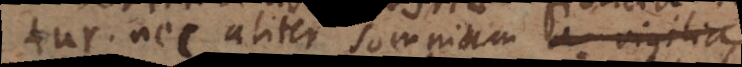
tur, nec aliter somnium va